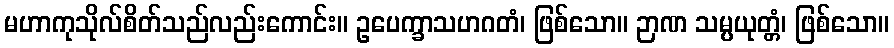
မဟာကုသိုလ်စိတ်သည်လည်းကောင်း။ ဥပေက္ခာသဟဂတံ၊ ဖြစ်သော။ ဉာဏ သမ္ပယုတ္တံ၊ ဖြစ်သော။